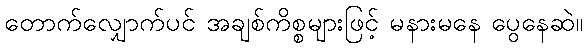
တောက်လျှောက်ပင် အချစ်ကိစ္စများဖြင့် မနားမနေ ပွေနေဆဲ။